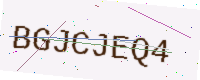
Text: BGJCJEQ4